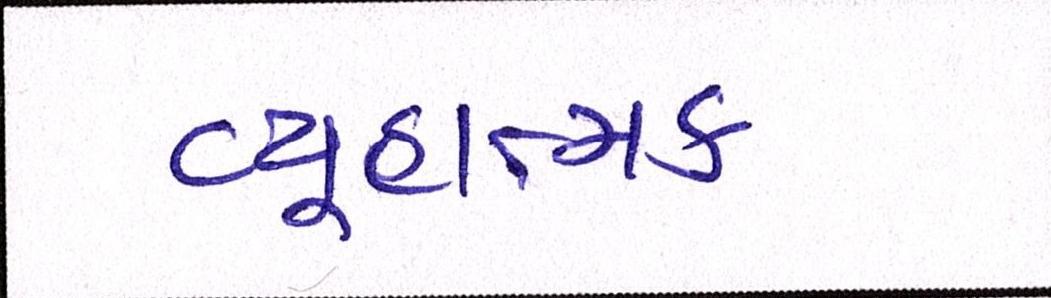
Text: વ્યૂહાત્મક